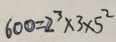
6 0 0 = 2 ^ { 3 } \times 3 \times 5 ^ { 2 }